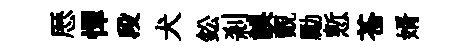
厯憚段犬鈆剎誤覿勵慙苍婿